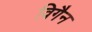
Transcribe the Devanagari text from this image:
विगैन